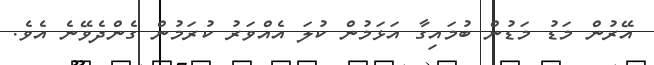
އޭރުން މަޑު މަޑުން ބުމައިގާ އަޅަމުން ކުލަ އެއްވަރު ކުރަމުން ގެންދެވޭނެ އެވެ.